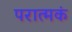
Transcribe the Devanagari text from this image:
परात्मकं